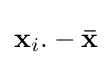
\mathbf {x} _{i}.-\mathbf {\bar {x}}